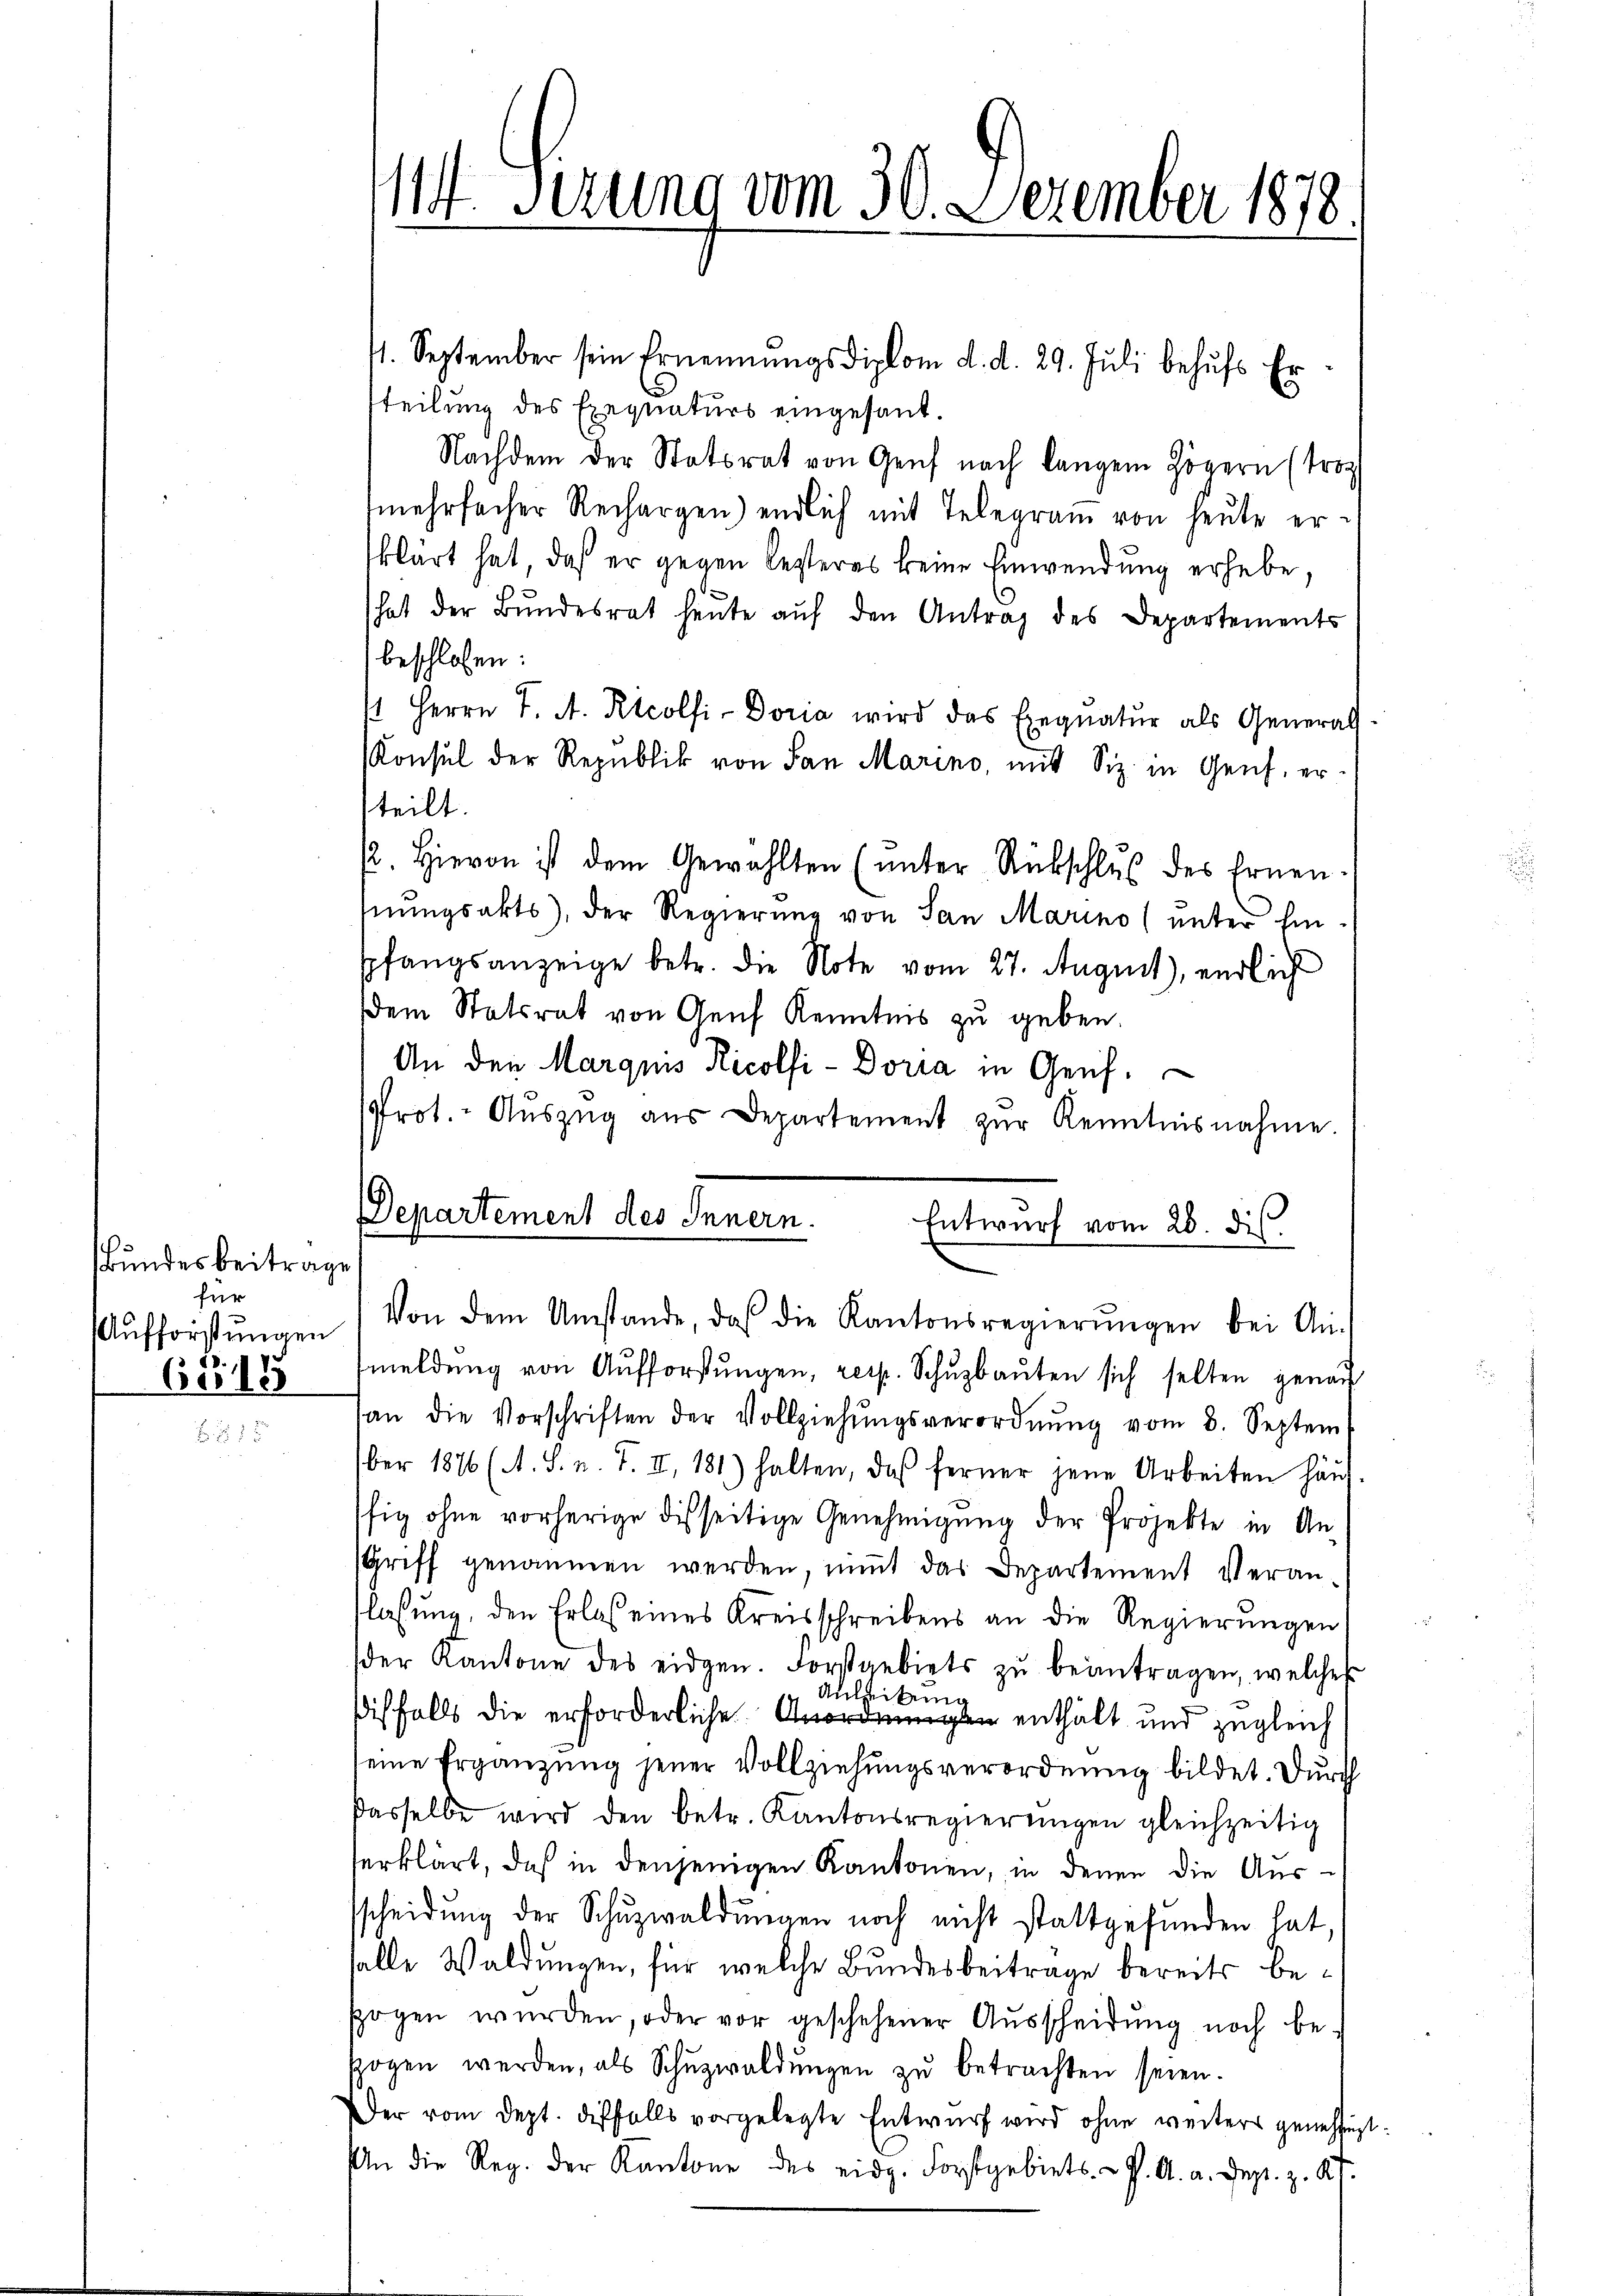
Bundesbeitrage
für
Aufforstungen

6818

114 Sirung vom 30. Dezember 1878

41. September sein Ernennungsdiplom d. d. 29. Juli behŭfs Er-
tteilung des Exequaturs eingesand
Nachdem der Statsrat von Genf nach langem Zögern (tro
mehrfacher Rechargen) endlich mit Telegram von heute erklärt hat, daß er gegen lezteres keine Einwendung erhebe,
hat der Bŭndesrat heŭte aŭf den Antrag des Departements
beschlossen:
1 Herrn J. A. Rtcolfi-Doria wird das Exequatŭr als General
Konsul der Republik von San Marino, mit Siz in Genf, er
teilt.
2. Hievon ist dem Gewählten (unter Rückschlus des Ernen-
fnungsakts), der Regierung von San Marino (unter Ein-
spfangsanzeige betr. die Note vom 27. August), endlich
dem Statsrat von Aeuf Kenntnis zu geben.
An den Marquis Ricolfi-Doria in Geich.
Prot. Aŭszŭg aŭs Departement zŭr Kenntnisnahme
Departement des Innern.
Entwurf vom 28. dis
Von dem Umstande, daß die Kantonsregierŭngen bei An-
meldung von Aufforstŭngen, resp. Schuzbauten sich selten genau
an die Vorschriften der Vollziehŭngsverordnŭng vom 8. Septem
ber 1876 (A. S. n. F. II, 181) halten, daß ferner jene Arbeiten häŭf-
ffig ohne vorherige disseitige Genehmigŭng der Projekte in An-
Griff genommen werden, nimmt das Departement Veran-
lassung, den Erlaß eines Kreisschreibens an die Regierungen
der Kantone des eidgen. Forstgebiets zŭ beantragen, welches
Anleitung
sisfalls die erforderliche Anordnungen enthält und zugleich
seine Ergänzŭng jener Vollziehŭngsverordnung bildet. Durch
Dasselbe wird den betr. Kantonsregierŭngen gleichzeitig
serklärt, daß in denjenigen Kantonen, in denen die Aussscheidung der Schuzwaldungen noch nicht stattgefunden hat,
salle Waldungen, für welche Bundesbeitrage bereits besogen würden, oder vor geschehener Aŭsscheidŭng noch be-
szogen werden, als Schŭzwaldŭngen zŭ betrachten seien.
Der vom Dept. diesfalls vorgelegte Entwŭrf wird ohne weiters genehmigt.
An die Reg. der Kantone des eidg. Forstgebiets - P. A. a. Dep. z. 27.